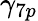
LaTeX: \gamma_{7p}